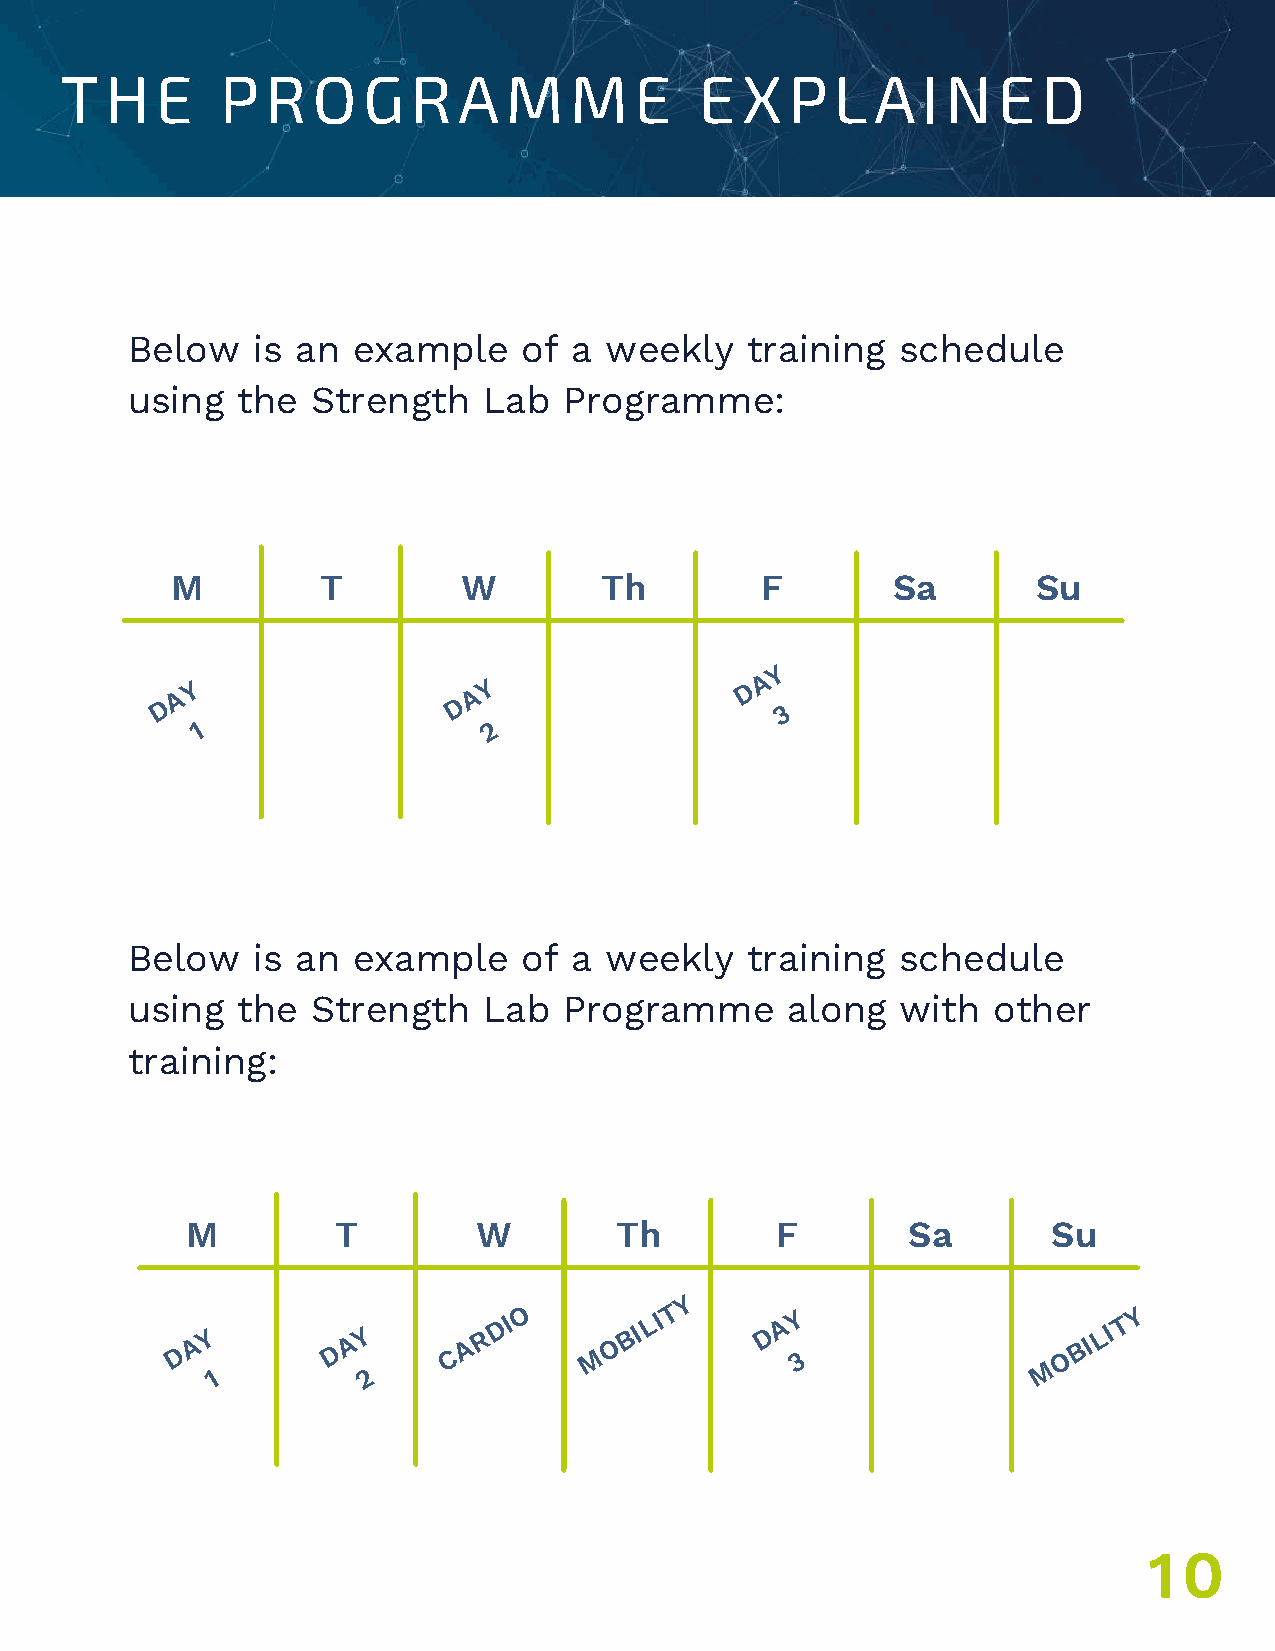
THE        PROGRAMME                      EXPLAINED
 Below    is an example     of a weekly   training  schedule
 using   the  Strength   Lab  Programme:
 M         T         W        Th        F        Sa        Su
 Y
 A Y                A Y               D A
 D                   D                     3
 1                  2
 Below    is an example     of a weekly   training  schedule
 using   the  Strength   Lab  Programme      along   with  other
 training:
 M         T         W        Th        F        Sa        Su
 Y
 D A Y      D A Y   C A R D I O M O B I L I T D A Y 3       O B I L I T Y
 M
 1         2
 10